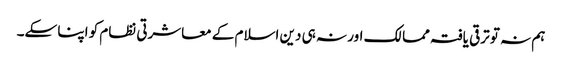
ہم نہ تو ترقی یافتہ ممالک اور نہ ہی دین اسلام کے معاشرتی نظام کو اپنا سکے۔